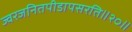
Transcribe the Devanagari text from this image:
ज्वरजनितपीडापसरति॥२०॥